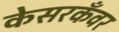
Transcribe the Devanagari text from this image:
केसरकँवर